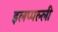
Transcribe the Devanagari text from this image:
इलप्पल्ली